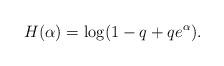
LaTeX: \begin{align*}H (\alpha) = \log(1-q + q e^{\alpha}).\end{align*}